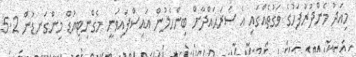
މިއަދު މެންދުރުފަހުގެ ވަގުތެއްގައި އެ ސަރަޙައްދާށް ބިންހެލުން އައިސްފައިވަނީ މެގްނިޓިއުޑް މިންގަނޑުން 5.2